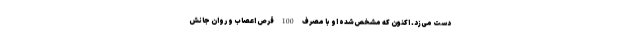
دست می‌زد. اکنون که مشخص‌شده او با مصرف 100 قرص اعصاب و روان جانش